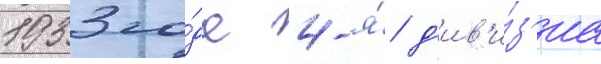
1933 го́да 4-я́ д'ив'и́з'иа